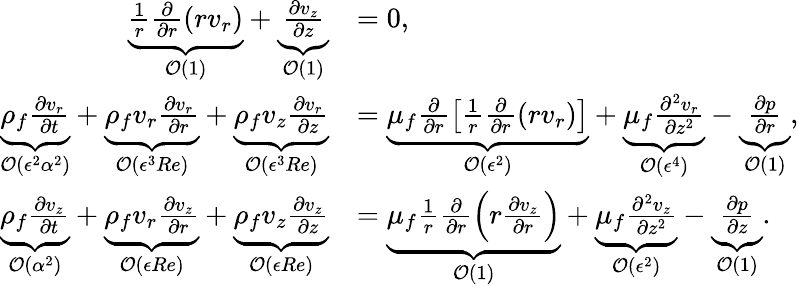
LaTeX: \begin{array}{rl}{\underbrace{\frac{1}{r}\frac{\partial}{\partial r}(rv_{r})}_{\mathcal{O}(1)}+\underbrace{\frac{\partial v_{z}}{\partial z}}_{\mathcal{O}(1)}}&{=0,}\\ {\underbrace{\rho_{f}\frac{\partial v_{r}}{\partial t}}_{\mathcal{O}(\epsilon^{2}{\alpha}^{2})}+\underbrace{\rho_{f}v_{r}\frac{\partial v_{r}}{\partial r}}_{\mathcal{O}(\epsilon^{3}Re)}+\underbrace{\rho_{f}v_{z}\frac{\partial v_{r}}{\partial z}}_{\mathcal{O}(\epsilon^{3}Re)}}&{=\underbrace{\mu_{f}\frac{\partial}{\partial r}\left[\frac{1}{r}\frac{\partial}{\partial r}(rv_{r})\right]}_{\mathcal{O}(\epsilon^{2})}+\underbrace{\mu_{f}\frac{\partial^{2}v_{r}}{\partial z^{2}}}_{\mathcal{O}(\epsilon^{4})}-\underbrace{\frac{\partial p}{\partial r}}_{\mathcal{O}(1)},}\\ {\underbrace{\rho_{f}\frac{\partial v_{z}}{\partial t}}_{\mathcal{O}({\alpha}^{2})}+\underbrace{\rho_{f}v_{r}\frac{\partial v_{z}}{\partial r}}_{\mathcal{O}(\epsilon Re)}+\underbrace{\rho_{f}v_{z}\frac{\partial v_{z}}{\partial z}}_{\mathcal{O}(\epsilon Re)}}&{=\underbrace{\mu_{f}\frac{1}{r}\frac{\partial}{\partial r}\left(r\frac{\partial v_{z}}{\partial r}\right)}_{\mathcal{O}(1)}+\underbrace{\mu_{f}\frac{\partial^{2}v_{z}}{\partial z^{2}}}_{\mathcal{O}(\epsilon^{2})}-\underbrace{\frac{\partial p}{\partial z}}_{\mathcal{O}(1)}.}\end{array}